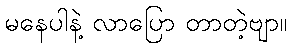
မနေပါနဲ့ လာပြော တာတဲ့ဗျာ။